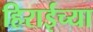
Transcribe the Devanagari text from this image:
हिराईच्या